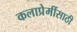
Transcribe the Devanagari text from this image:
कलाप्रेमींसाठी